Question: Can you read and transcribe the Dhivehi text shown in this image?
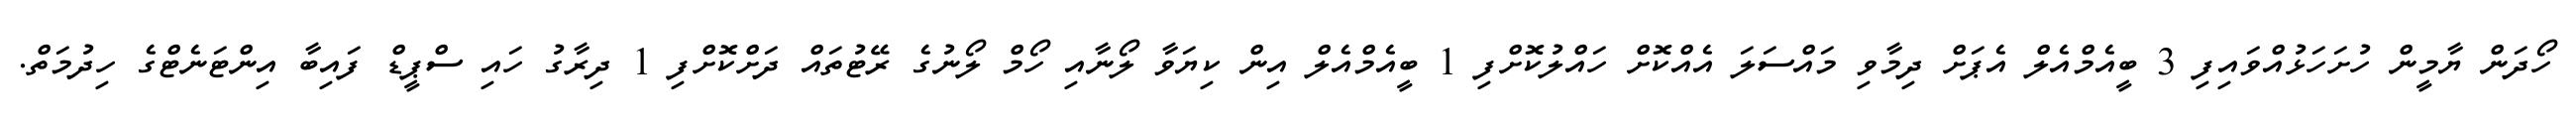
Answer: ހޯދަން ޔާމީން ހުށަހަޅުއްވައިފި 3 ބީއެމްއެލް އެޕަށް ދިމާވި މައްސަލަ އެއްކޮށް ހައްލުކޮށްފި 1 ބީއެމްއެލް އިން ކިޔަވާ ލޯނާއި ހޯމް ލޯނުގެ ރޭޓުތައް ދަށްކޮށްފި 1 ދިރާގު ހައި ސްޕީޑް ފައިބާ އިންޓަނެޓްގެ ހިދުމަތް.